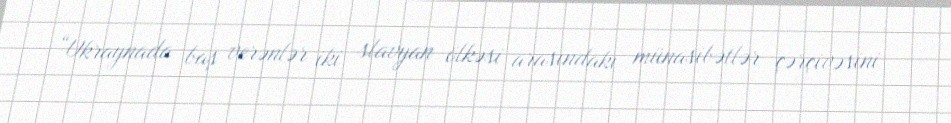
“Ukraynada baş verənlər iki slavyan ölkəsi arasındakı münasibətlər çərçivəsini